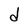
Character: d